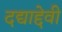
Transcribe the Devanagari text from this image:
दद्याद्देवी